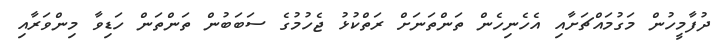
ދުފާމީހުން މަގުމައްޗަށާއި އެހެނިހެން ތަންތަނަށް ރަތްކުޅު ޖެހުމުގެ ސަބަބުން ތަންތަން ހަޑިވާ މިންވަރާއި